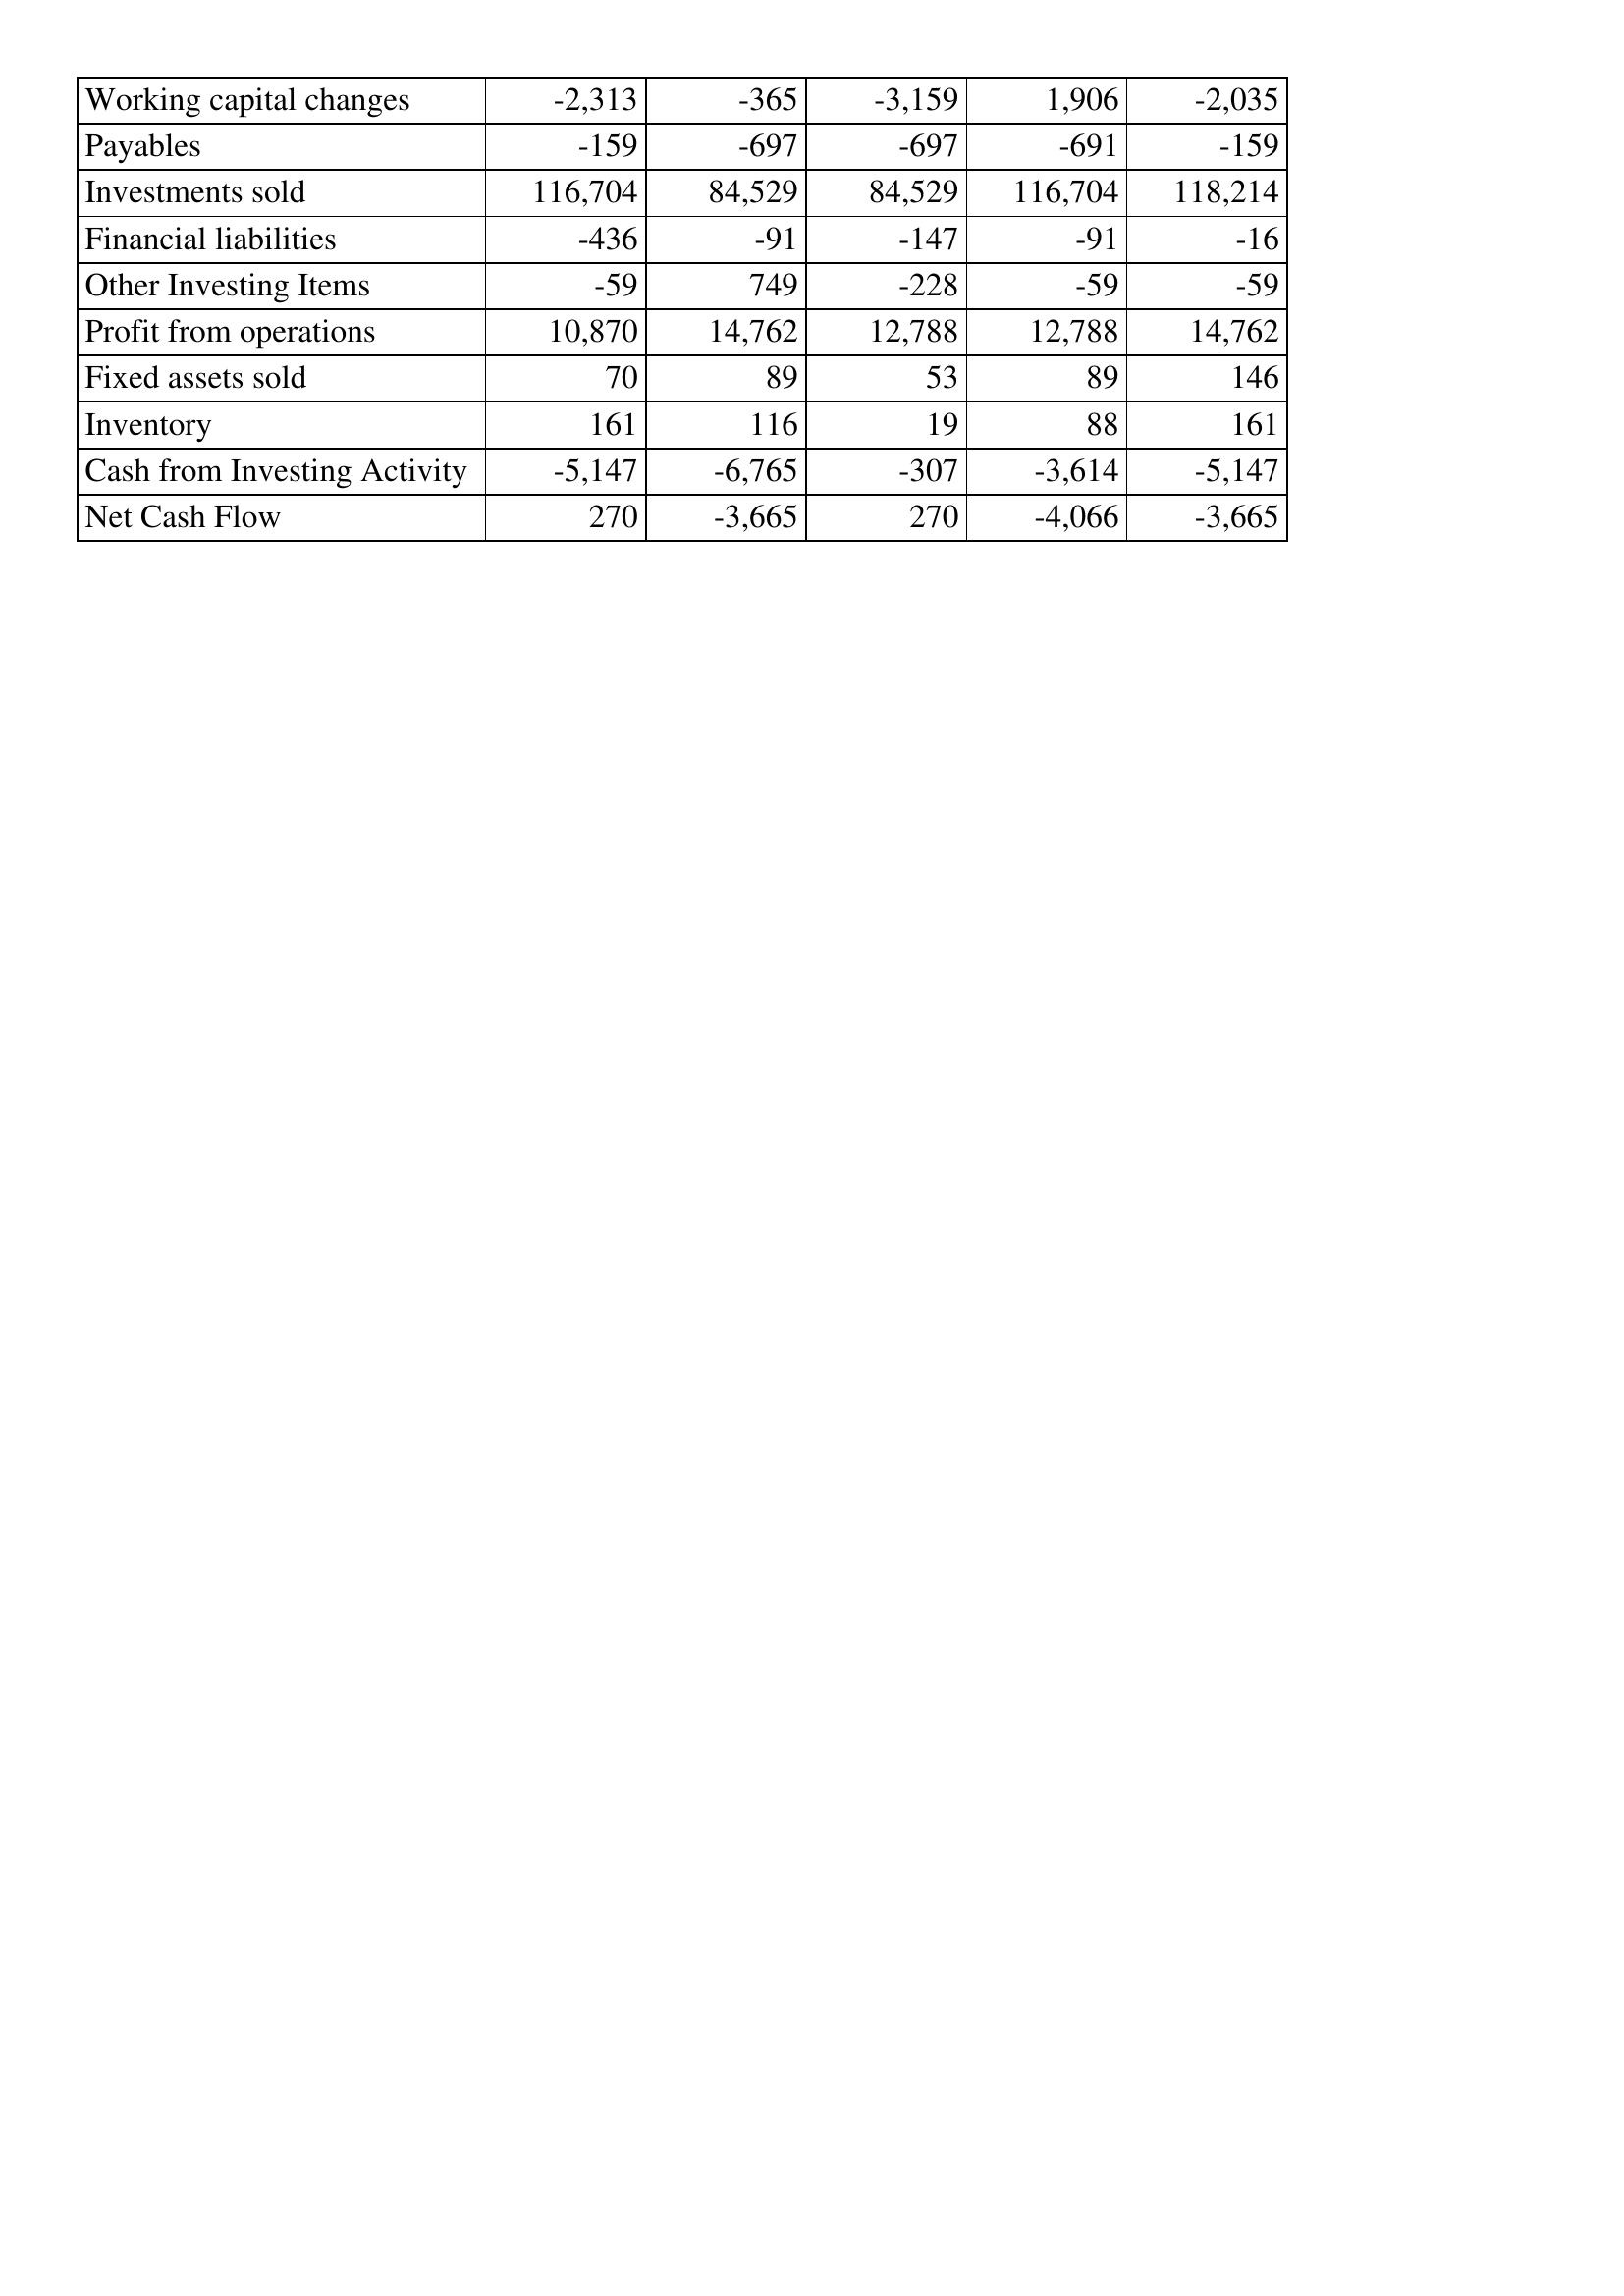
Oct-15: Cash Flows: Working capital changes: -2,313
Payables: -159
Investments sold: 116,704
Financial liabilities: -436
Other Investing Items: -59
Profit from operations: 10,870
Fixed assets sold: 70
Inventory: 161
Cash from Investing Activity: -5,147
Net Cash Flow: 270
Oct-14: Cash Flows: Working capital changes: -365
Payables: -697
Investments sold: 84,529
Financial liabilities: -91
Other Investing Items: 749
Profit from operations: 14,762
Fixed assets sold: 89
Inventory: 116
Cash from Investing Activity: -6,765
Net Cash Flow: -3,665
Oct-13: Cash Flows: Working capital changes: -3,159
Payables: -697
Investments sold: 84,529
Financial liabilities: -147
Other Investing Items: -228
Profit from operations: 12,788
Fixed assets sold: 53
Inventory: 19
Cash from Investing Activity: -307
Net Cash Flow: 270
Oct-12: Cash Flows: Working capital changes: 1,906
Payables: -691
Investments sold: 116,704
Financial liabilities: -91
Other Investing Items: -59
Profit from operations: 12,788
Fixed assets sold: 89
Inventory: 88
Cash from Investing Activity: -3,614
Net Cash Flow: -4,066
Oct-11: Cash Flows: Working capital changes: -2,035
Payables: -159
Investments sold: 118,214
Financial liabilities: -16
Other Investing Items: -59
Profit from operations: 14,762
Fixed assets sold: 146
Inventory: 161
Cash from Investing Activity: -5,147
Net Cash Flow: -3,665